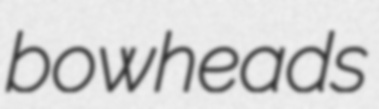
bowheads